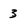
Character: 3